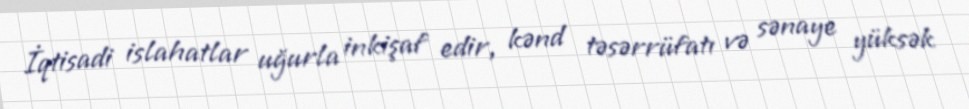
İqtisadi islahatlar uğurla inkişaf edir, kənd təsərrüfatı və sənaye yüksək